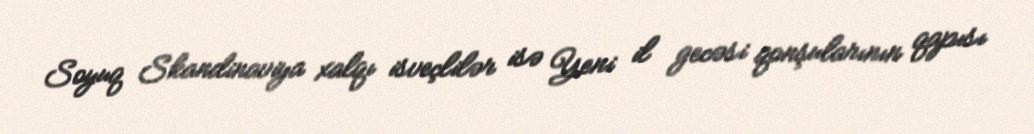
Soyuq Skandinaviya xalqı isveçlilər isə Yeni il gecəsi qonşularının qapısı